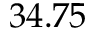
3 4 . 7 5